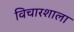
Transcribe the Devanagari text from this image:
विचारशाला